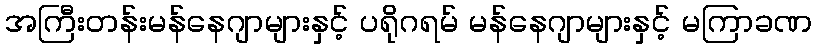
အကြီးတန်းမန်နေဂျာများနှင့် ပရိုဂရမ် မန်နေဂျာများနှင့် မကြာခဏ